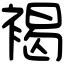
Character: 褐